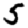
Digit: 5